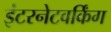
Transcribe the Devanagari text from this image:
इंटरनेटवर्किंग